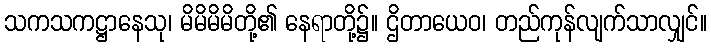
သကသကဋ္ဌာနေသု၊ မိမိမိမိတို့၏ နေရာတို့၌။ ဌိတာယေဝ၊ တည်ကုန်လျက်သာလျှင်။